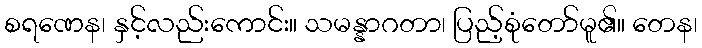
စရဏေန၊ နှင့်လည်းကောင်း။ သမန္နာဂတာ၊ ပြည့်စုံတော်မူ၏။ တေန၊